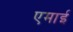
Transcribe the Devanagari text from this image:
एमाई